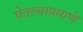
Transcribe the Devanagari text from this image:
घेतल्याप्रमाणे